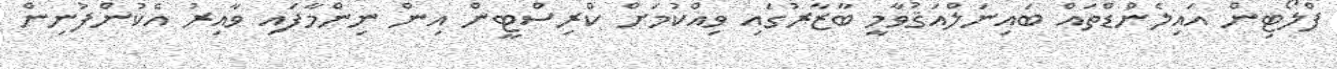
ފްލޯޓިން އައިލެންޑްތައް ބައިނަލްއަޤުވާމީ ބާޒާރުގައި ވިއްކުމަށް ކްރިސްޓީން އިން ނިންމާފައި ވާއިރު އެކުންފުނިން